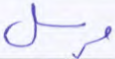
مرسل